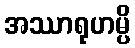
အဿာရုဟမ္ပိ